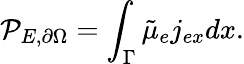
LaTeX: \mathcal{P}_{E,\partial\Omega}=\int_{\Gamma}\tilde{\mu}_{e}j_{ex}dx.